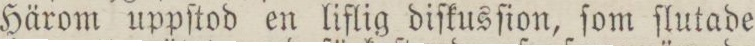
Härom uppſtod en liflig diſkusſion, ſom ſlutade